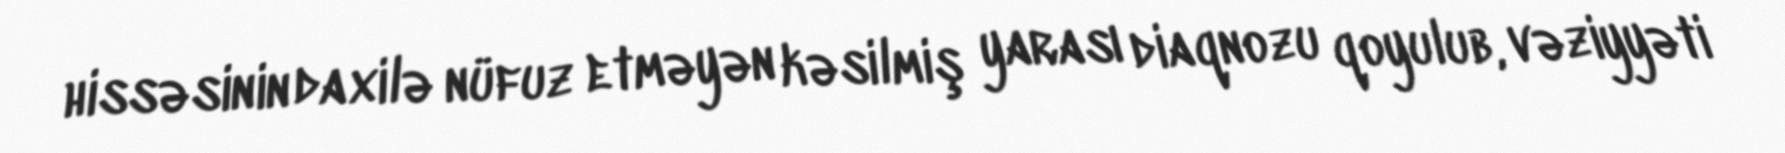
hissəsinin daxilə nüfuz etməyən kəsilmiş yarası diaqnozu qoyulub, vəziyyəti